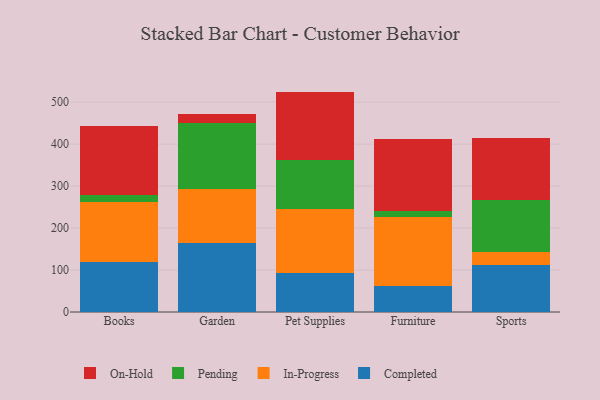
{"axis": {"x": "Category", "y": "Population (Million)"}, "legend": ["Completed", "In-Progress", "On-Hold", "Pending"], "data": [{"x": "Books", "y": 120.1, "type": "Completed"}, {"x": "Books", "y": 142.9, "type": "In-Progress"}, {"x": "Books", "y": 15.3, "type": "Pending"}, {"x": "Books", "y": 163.9, "type": "On-Hold"}, {"x": "Garden", "y": 164.8, "type": "Completed"}, {"x": "Garden", "y": 127.3, "type": "In-Progress"}, {"x": "Garden", "y": 159.3, "type": "Pending"}, {"x": "Garden", "y": 20.2, "type": "On-Hold"}, {"x": "Pet Supplies", "y": 92.3, "type": "Completed"}, {"x": "Pet Supplies", "y": 152.2, "type": "In-Progress"}, {"x": "Pet Supplies", "y": 117.0, "type": "Pending"}, {"x": "Pet Supplies", "y": 163.5, "type": "On-Hold"}, {"x": "Furniture", "y": 62.5, "type": "Completed"}, {"x": "Furniture", "y": 162.9, "type": "In-Progress"}, {"x": "Furniture", "y": 16.2, "type": "Pending"}, {"x": "Furniture", "y": 170.6, "type": "On-Hold"}, {"x": "Sports", "y": 113.1, "type": "Completed"}, {"x": "Sports", "y": 29.1, "type": "In-Progress"}, {"x": "Sports", "y": 124.9, "type": "Pending"}, {"x": "Sports", "y": 147.1, "type": "On-Hold"}]}